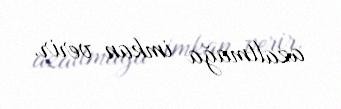
azaltmağa imkan verir.